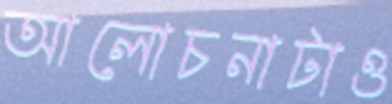
আলোচনাটাও